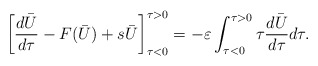
\begin{align*}\left[\frac{d\bar{U}}{d \tau}-F(\bar{U})+s\bar{U}\right]_{\tau<0}^{\tau>0}=-\varepsilon \int_{\tau<0}^{\tau>0}\tau\frac{d\bar{U}}{d\tau}d\tau.\end{align*}